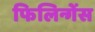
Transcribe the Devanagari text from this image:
फिलिन्गेंस